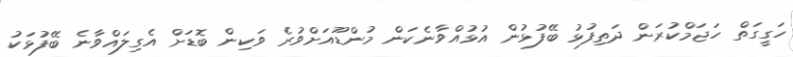
ހަގީގަތް ހަޖަމްކުރަން ދަތިފުޅު ބޭފުޅުން އުޅުއްވާނެކަން މުންޑޫއަށްވުރެ ވަކިން ބޮޑަށް އެގިލައްވާނެ ބޭފުޅަކު